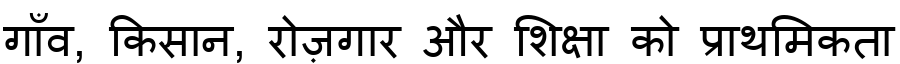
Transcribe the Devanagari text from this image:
गाँव, किसान, रोज़गार और शिक्षा को प्राथमिकता